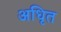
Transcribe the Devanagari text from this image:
अधिृत